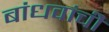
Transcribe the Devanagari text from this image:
बांधवांचीे